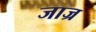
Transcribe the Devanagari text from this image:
जाज्र